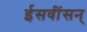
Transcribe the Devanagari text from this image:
ईसवींसन्